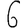
Digit: 6